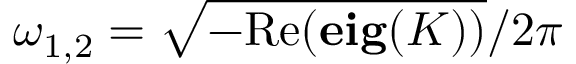
\omega _ { 1 , 2 } = \sqrt { - \mathrm { R e } ( \mathbf { e i g } ( K ) ) } / 2 \pi